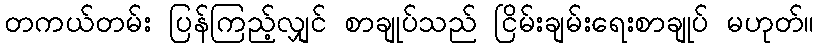
တကယ်တမ်း ပြန်ကြည့်လျှင် စာချုပ်သည် ငြိမ်းချမ်းရေးစာချုပ် မဟုတ်။